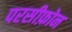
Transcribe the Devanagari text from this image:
परसीफ़ोन